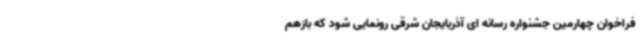
فراخوان چهارمین جشنواره رسانه ای آذربایجان شرقی رونمایی شود که بازهم